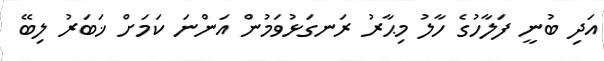
އަދި ބުނީ ފަލާހުގެ ހާލު މިޙާރު ރަނގަޅުވަމުން އަންނަ ކަމަށް ޚަބަރު ލިބޭ